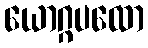
ယောဂ္ဂပထော